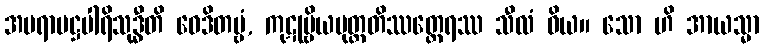
အပရာမဋ္ဌပါရိသုဒ္ဓီတိ ဝေဒိတဗ္ဗံ, ကုဋုမ္ဗိယပုတ္တတိဿတ္ထေရဿ သီလံ ဝိယ။ သော ဟိ အာယသ္မာ